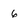
Character: g